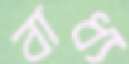
বাধ্য